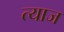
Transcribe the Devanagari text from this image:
त्याज